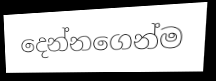
දෙන්නගෙන්ම